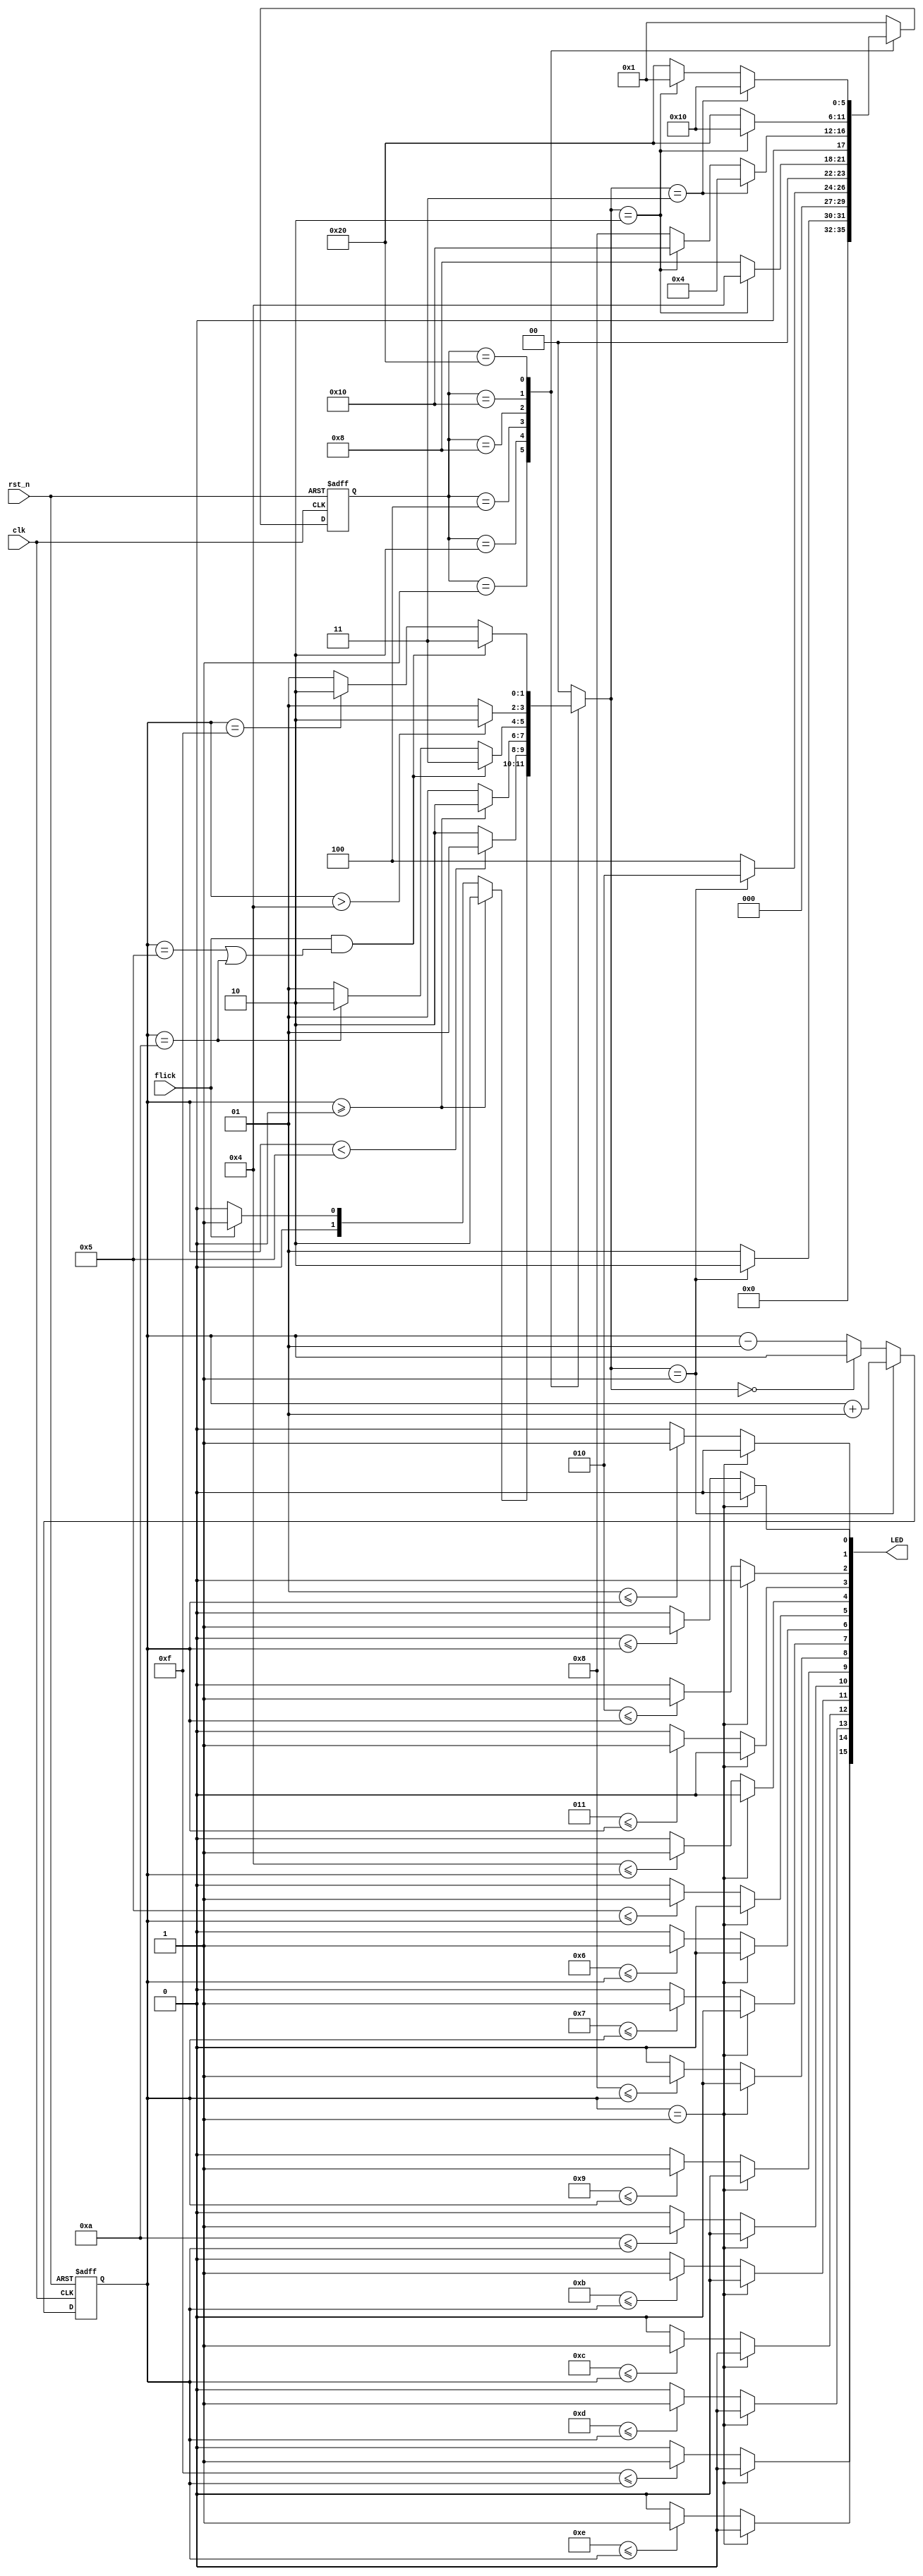
module Flash_bounder(clk, rst_n, flick, LED);

input wire clk, rst_n, flick;

output reg [15:0] LED;

reg [1:0] operation;

integer N, i;

//operation mode
parameter IDLE 		  =  2'b00;
parameter UP	      	  =  2'B01;
parameter DOWN 		  =  2'b10;
parameter KICK_BACK	  =  2'b11;

//States
reg [5: 0] state, next_state;
parameter INIT            =  6'b000001;
parameter ZERO_TO_FIVE    =  6'b000010;
parameter OFF_TO_ZERO     =  6'b000100;
parameter ZERO_TO_TEN     =  6'b001000;
parameter OFF_TO_FOUR     =  6'b010000;
parameter FOUR_TO_FIFTEEN = 6'B100000;

// Change state block
always @(posedge clk or negedge rst_n)
begin
	if(!rst_n) begin
		state <=  INIT;	
	end
	else begin
		state <= next_state;
	end
end

// Operation on N block
always @(posedge clk or negedge rst_n)
begin
	if(!rst_n) begin
		N <= -1;
	end
	else begin
		if(operation == UP) begin
			N <= N + 1;
		end
		else if(operation == IDLE) begin
			N <= N;
		end
		else begin
			N <= N - 1;
		end
	end
end

//FSM block
always @(state or operation)
begin
	case(state)
	INIT: begin
		if(operation == UP) begin
			next_state = ZERO_TO_FIVE;
		end
		else begin
			next_state = INIT;
		end
	end
	
	ZERO_TO_FIVE: begin
		if(operation == UP) begin
			next_state = ZERO_TO_FIVE;
		end
		else begin
			next_state = OFF_TO_ZERO;
		end
	end
	
	OFF_TO_ZERO: begin
		if(operation == DOWN) begin
			next_state = OFF_TO_ZERO;
		end
		else begin
			next_state = ZERO_TO_TEN;
		end
	end
	
	ZERO_TO_TEN: begin
		if(operation == KICK_BACK) begin
			next_state = OFF_TO_ZERO;
		end
		else if(operation == DOWN) begin
			next_state = OFF_TO_FOUR;
		end
		else begin
			next_state = ZERO_TO_TEN;
		end
	end
	
	OFF_TO_FOUR: begin
		if(operation == DOWN) begin
			next_state = OFF_TO_FOUR;
		end
		else begin
			next_state = FOUR_TO_FIFTEEN;
		end
	end
	
	FOUR_TO_FIFTEEN: begin
		if(operation == KICK_BACK) begin
			next_state = OFF_TO_FOUR;
		end
		else if(operation == DOWN) begin
			next_state = INIT;	
		end
		else begin
			next_state = FOUR_TO_FIFTEEN;
		end
	end
	
	default: next_state = INIT;
	
	endcase
end

//Logic block
always @(state or flick or N) begin
	operation = 2'b00; //IDLE

	case(state)
	INIT: begin
		if(N >= 0) operation = DOWN;
		else if(flick) operation = UP;
		else operation = IDLE;
	end
	
	ZERO_TO_FIVE: begin
		if(N < 5) operation = UP;
		else operation = DOWN;
	end
	
	OFF_TO_ZERO: begin
		if(N >= 0) operation = DOWN;
		else operation = UP;
	end
	
	ZERO_TO_TEN: begin
		if(flick && (N == 5 || N == 10)) operation = KICK_BACK;
		else if(N == 10) operation = DOWN;
		else operation = UP;
	end
	
	OFF_TO_FOUR: begin
		if(N > 4) operation = DOWN;
		else operation = UP;
	end
	
	FOUR_TO_FIFTEEN: begin
		if(flick && (N == 5 || N == 10)) operation = KICK_BACK;
		else if(N == 15) operation = DOWN;
		else operation = UP;
	end
	
	default: operation = IDLE;

	endcase
end

//Decode block
always @(N)
begin
	if(N == -1) 
		for(i = 0; i < 16 ; i = i + 1)
		begin
			LED[i] = 0;
		end
	else
		for( i = 0; i < 16 ; i = i + 1)
		begin
			if(i <= N) LED[i] = 1'b1;
			else LED[i] = 1'b0;
		end
end

endmodule